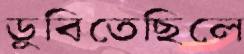
ডুবিতেছিলে